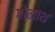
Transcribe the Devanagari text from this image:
गोनाथ